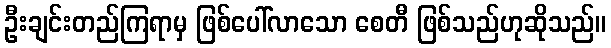
ဦးချင်းတည်ကြရာမှ ဖြစ်ပေါ်လာသော စေတီ ဖြစ်သည်ဟုဆိုသည်။